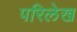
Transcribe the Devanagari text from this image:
परिलेख